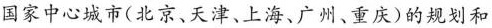
国家中心城市(北京、天津、上海、广州、重庆)的规划和